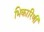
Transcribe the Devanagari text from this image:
भिकारिणी